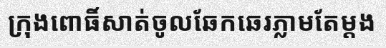
ក្រុងពោធិ៍សាត់ចូលឆែកឆេរភ្លាមតែម្តង